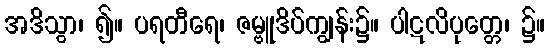
အဒိသွာ၊ ၍။ ပရတီရေ၊ ဇမ္ဗူဒိပ်ကျွန်း၌။ ပါဋလိပုတ္တေ၊ ၌။